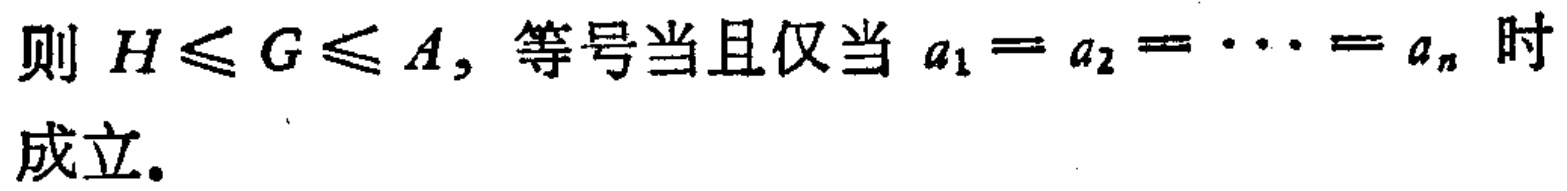
则 \(H\leq G\leq A\)，等号当且仅当 \(a_1 = a_2 = \cdots = a_n\) 时成立.